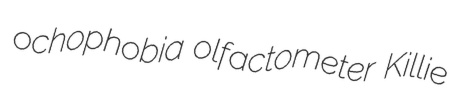
ochophobia olfactometer Killie